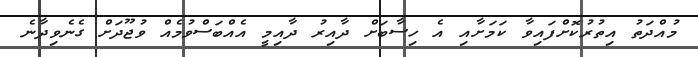
މުއްދަތު އިތުރުކޮށްފައިވާ ކަމަށާއި އެ ހިސާބަށް ދާއިރު ދާއިމީ އެއްބަސްވުމެއް ވުޖޫދަށް ގެނެވިދާނެ